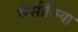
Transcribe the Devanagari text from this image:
वैसीनिया